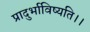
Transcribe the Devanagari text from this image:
प्रादुर्भाविष्यति।।